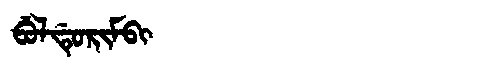
Manchu: ᠪᡠᠯᡩᡠᡵᡳᠮᠪᡳ
Romanization: BULDURIMBI